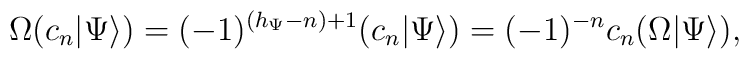
\Omega (c_n|\Psi\rangle)=(-1)^{(h_{\Psi}-n)+1}(c_n|\Psi\rangle)=(-1)^{-n}c_n(\Omega|\Psi\rangle),